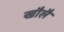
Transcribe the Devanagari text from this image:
खौलै